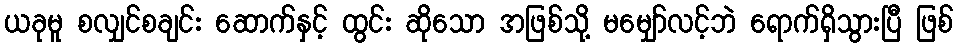
ယခုမူ စလျှင်စချင်း ဆောက်နှင့် ထွင်း ဆိုသော အဖြစ်သို့ မမျှော်လင့်ဘဲ ရောက်ရှိသွားပြီ ဖြစ်